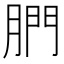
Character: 𦝋